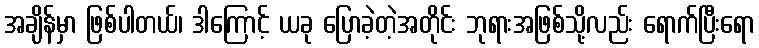
အချိန်မှာ ဖြစ်ပါတယ်၊ ဒါကြောင့် ယခု ပြောခဲ့တဲ့အတိုင်း ဘုရားအဖြစ်သို့လည်း ရောက်ပြီးရော